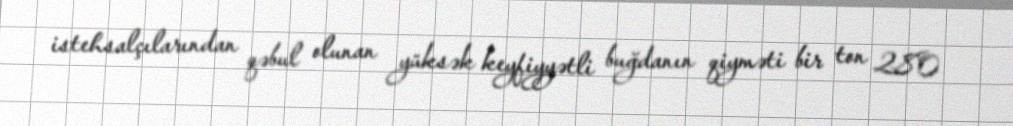
istehsalçılarından qəbul olunan yüksək keyfiyyətli buğdanın qiyməti bir ton 280